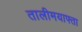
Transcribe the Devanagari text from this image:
तालीमयाफ्ता